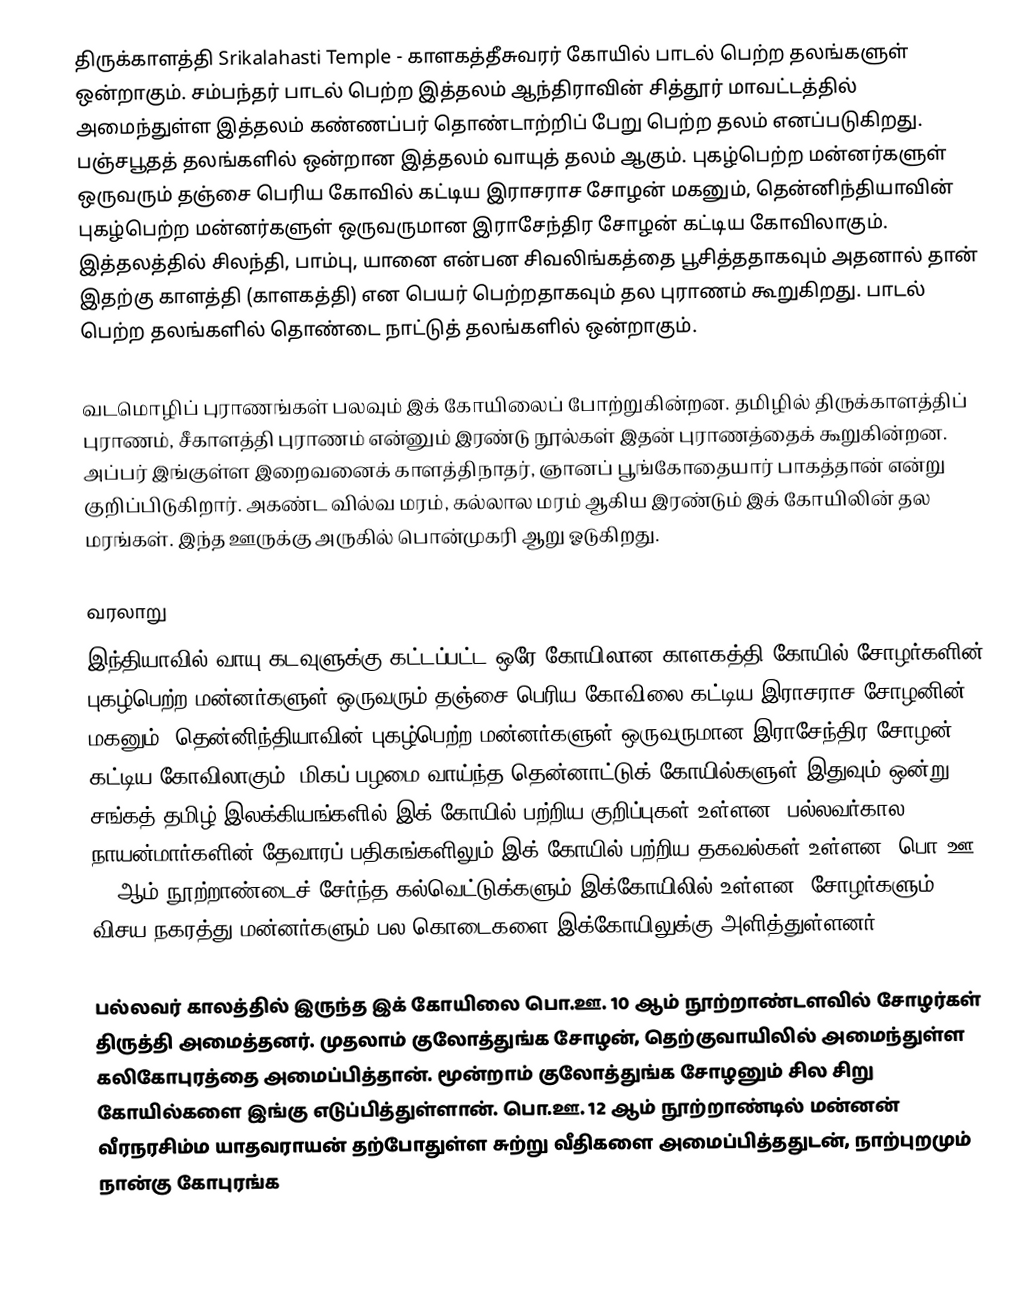
திருக்காளத்தி Srikalahasti Temple - காளகத்தீசுவரர் கோயில் பாடல் பெற்ற தலங்களுள் ஒன்றாகும். சம்பந்தர் பாடல் பெற்ற இத்தலம் ஆந்திராவின் சித்தூர் மாவட்டத்தில் அமைந்துள்ள இத்தலம் கண்ணப்பர் தொண்டாற்றிப் பேறு பெற்ற தலம் எனப்படுகிறது. பஞ்சபூதத் தலங்களில் ஒன்றான இத்தலம் வாயுத் தலம் ஆகும். புகழ்பெற்ற மன்னர்களுள் ஒருவரும் தஞ்சை பெரிய கோவில் கட்டிய இராசராச சோழன் மகனும், தென்னிந்தியாவின் புகழ்பெற்ற மன்னர்களுள் ஒருவருமான இராசேந்திர சோழன் கட்டிய கோவிலாகும். இத்தலத்தில் சிலந்தி, பாம்பு, யானை என்பன சிவலிங்கத்தை பூசித்ததாகவும் அதனால் தான் இதற்கு காளத்தி (காளகத்தி) என பெயர் பெற்றதாகவும் தல புராணம் கூறுகிறது. பாடல் பெற்ற தலங்களில் தொண்டை நாட்டுத் தலங்களில் ஒன்றாகும்.

வடமொழிப் புராணங்கள் பலவும் இக் கோயிலைப் போற்றுகின்றன. தமிழில் திருக்காளத்திப் புராணம், சீகாளத்தி புராணம் என்னும் இரண்டு நூல்கள் இதன் புராணத்தைக் கூறுகின்றன. அப்பர் இங்குள்ள இறைவனைக் காளத்திநாதர், ஞானப் பூங்கோதையார் பாகத்தான் என்று குறிப்பிடுகிறார். அகண்ட வில்வ மரம், கல்லால மரம் ஆகிய இரண்டும் இக் கோயிலின் தல மரங்கள். இந்த ஊருக்கு அருகில் பொன்முகரி ஆறு ஓடுகிறது.

வரலாறு
இந்தியாவில் வாயு கடவுளுக்கு கட்டப்பட்ட ஒரே கோயிலான காளகத்தி கோயில் சோழர்களின் புகழ்பெற்ற மன்னர்களுள் ஒருவரும் தஞ்சை பெரிய கோவிலை கட்டிய இராசராச சோழனின் மகனும், தென்னிந்தியாவின் புகழ்பெற்ற மன்னர்களுள் ஒருவருமான இராசேந்திர சோழன் கட்டிய கோவிலாகும். மிகப் பழமை வாய்ந்த தென்னாட்டுக் கோயில்களுள் இதுவும் ஒன்று. சங்கத் தமிழ் இலக்கியங்களில் இக் கோயில் பற்றிய குறிப்புகள் உள்ளன. பல்லவர்கால நாயன்மார்களின் தேவாரப் பதிகங்களிலும் இக் கோயில் பற்றிய தகவல்கள் உள்ளன. பொ.ஊ. 10 ஆம் நூற்றாண்டைச் சேர்ந்த கல்வெட்டுக்களும் இக்கோயிலில் உள்ளன. சோழர்களும், விசய நகரத்து மன்னர்களும் பல கொடைகளை இக்கோயிலுக்கு அளித்துள்ளனர்.

பல்லவர் காலத்தில் இருந்த இக் கோயிலை பொ.ஊ. 10 ஆம் நூற்றாண்டளவில் சோழர்கள் திருத்தி அமைத்தனர். முதலாம் குலோத்துங்க சோழன், தெற்குவாயிலில் அமைந்துள்ள கலிகோபுரத்தை அமைப்பித்தான். மூன்றாம் குலோத்துங்க சோழனும் சில சிறு கோயில்களை இங்கு எடுப்பித்துள்ளான். பொ.ஊ. 12 ஆம் நூற்றாண்டில் மன்னன் வீரநரசிம்ம யாதவராயன் தற்போதுள்ள சுற்று வீதிகளை அமைப்பித்ததுடன், நாற்புறமும் நான்கு கோபுரங்க